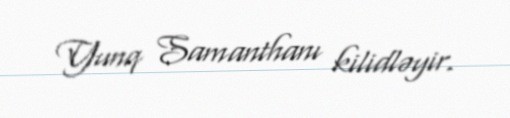
Yunq Samanthanı kilidləyir.